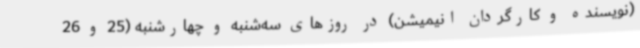
(نویسنده و کارگردان انیمیشن) در روزهای سه‌شنبه و چهارشنبه (25‌ و 26